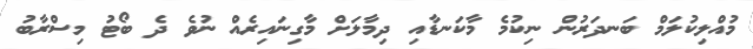
މުއްލިކުލަމް ބަނދަރުން ނިކުމެ މާކަނޑާއި ދިމާލަށް މާގިނައިރެއް ނުވެ ދެ ބޯޓު މިސްރާބު